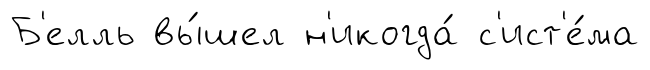
Б'елль вы́шел н'икогда́ с'ист'е́ма